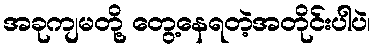
အခုကျမတို့ တွေ့နေရတဲ့အတိုင်းပါပဲ၊